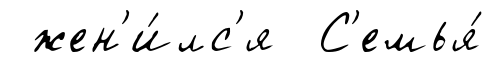
жен'и́лс'я С'емья́